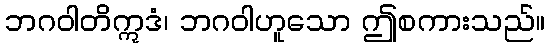
ဘဂဝါတိဣဒံ၊ ဘဂဝါဟူသော ဤစကားသည်။